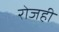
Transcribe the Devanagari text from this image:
रोजही